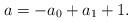
LaTeX: \begin{align*}a=-a_0+a_1+1.\end{align*}